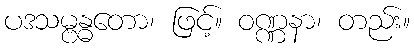
ပဒသမ္ဗန္ဓတော၊ ဖြင့်။ ဝဏ္ဏနာ၊ တည်း။